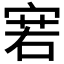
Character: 𰍊